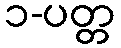
၁-ပတ္တ